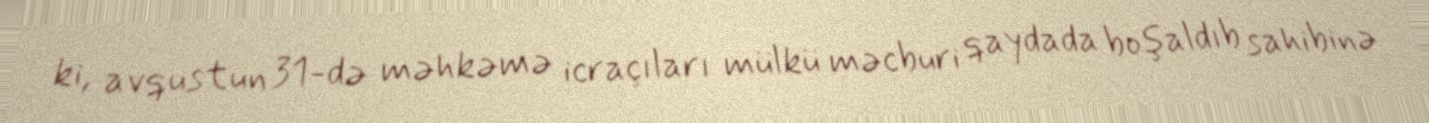
ki, avqustun 31-də məhkəmə icraçıları mülkü məcburi qaydada boşaldıb sahibinə